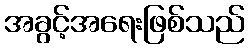
အခွင့်အရေးဖြစ်သည်